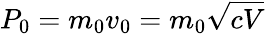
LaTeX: P_{0}=m_{0}v_{0}=m_{0}\sqrt{cV}